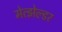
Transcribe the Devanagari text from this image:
मेत्झेल्डर